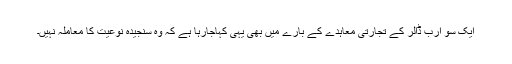
ایک سو ارب ڈالر کے تجارتی معاہدے کے بارے میں بھی یہی کہاجارہا ہے کہ وہ سنجیدہ نوعیت کا معاملہ نہیں۔